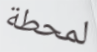
لمحطة